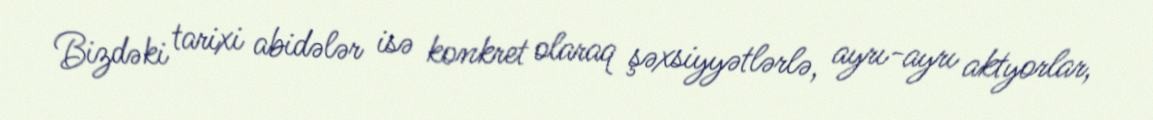
Bizdəki tarixi abidələr isə konkret olaraq şəxsiyyətlərlə, ayrı-ayrı aktyorlar,